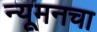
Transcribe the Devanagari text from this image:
न्यूमनचा